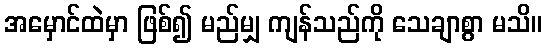
အမှောင်ထဲမှာ ဖြစ်၍ မည်မျှ ကျန်သည်ကို သေချာစွာ မသိ။